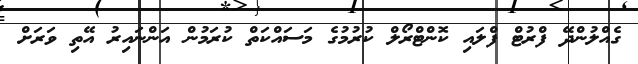
ގެއްލުންދޭ ފްރުޓް ފްލައި ކޮންޓްރޯލް ކުރުމުގެ މަސައްކަތް ކުރަމުން އަންނައިރު އޭތި ވަރަށް